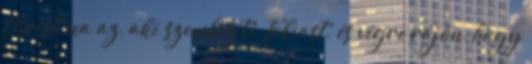
Christina az, aki szembesíti Tobiast, és végre rájön, hogy